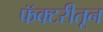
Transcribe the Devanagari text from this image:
फॅक्टरीतून